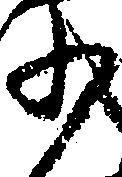
少